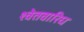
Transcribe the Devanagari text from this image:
श्वेतवारिध